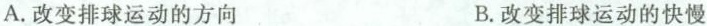
A.改变排球运动的方向 B.改变排球运动的快慢